Document type: Sale
Year: 1305
Scribe: Bernat de Vilarúbia
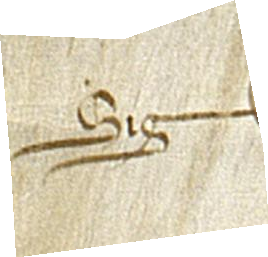
Sig